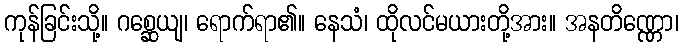
ကုန်ခြင်းသို့။ ဂစ္ဆေယျ၊ ရောက်ရာ၏။ နေသံ၊ ထိုလင်မယားတို့အား။ အနတိဏ္ဏော၊